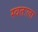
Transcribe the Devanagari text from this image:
स्‍वतःला